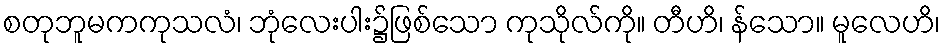
စတုဘူမကကုသလံ၊ ဘုံလေးပါး၌ဖြစ်သော ကုသိုလ်ကို။ တီဟိ၊ န်သော။ မူလေဟိ၊